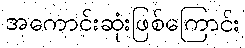
အကောင်းဆုံးဖြစ်ကြောင်း